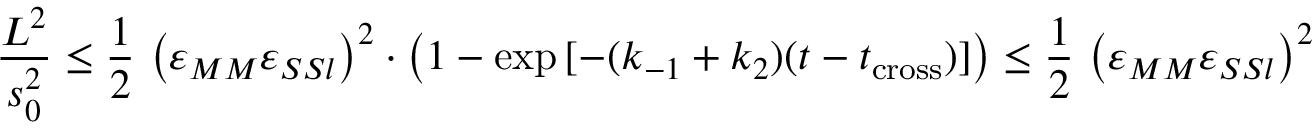
\frac { L ^ { 2 } } { s _ { 0 } ^ { 2 } } \leq \frac 1 2 \, \left( \varepsilon _ { M M } \varepsilon _ { S S l } \right) ^ { 2 } \cdot \left( 1 - \exp { [ - ( k _ { - 1 } + k _ { 2 } ) ( t - t _ { \mathrm { c r o s s } } ) ] } \right) \leq \frac 1 2 \, \left( \varepsilon _ { M M } \varepsilon _ { S S l } \right) ^ { 2 }